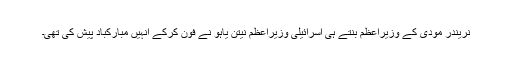
نریندر مودی کے وزیراعظم بنتے ہی اسرائیلی وزیراعظم نیتن یاہو نے فون کرکے انہیں مبارکباد پیش کی تھی۔